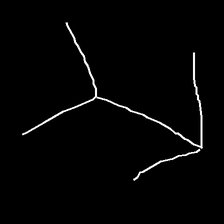
Glyph: gather